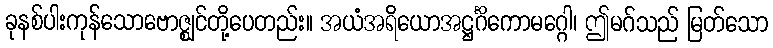
ခုနစ်ပါးကုန်သောဗောဇ္ဈင်တို့ပေတည်း။ အယံအရိယောအဋ္ဌင်္ဂိကောမဂ္ဂေါ၊ ဤမဂ်သည် မြတ်သော